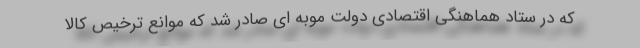
که در ستاد هماهنگی اقتصادی دولت موبه ای صادر شد که موانع ترخیص کالا